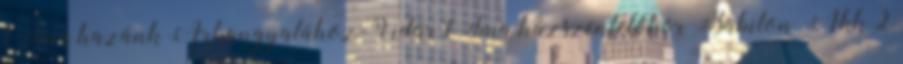
1 Ima hazánk Arkangyalához-Vidár 1 Ima házszentelőkor Babilon Akk 2